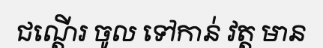
ជណ្តើរ ចូល ទៅកាន់ វត្ត មាន